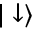
| \downarrow \rangle